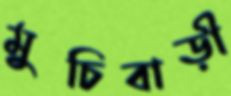
মুচিবাড়ী